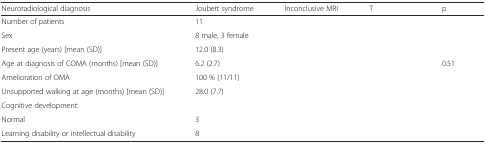
<table><thead><tr><td><b>Neuroradiological diagnosis</b></td><td><b>Joubert syndrome</b></td><td><b>Inconclusive MRI</b></td><td><b>T</b></td><td><b>p</b></td></tr></thead><tbody><tr><td>Number of patients</td><td>11</td><td>[EMPTY_CELL]</td><td>[EMPTY_CELL]</td><td>[EMPTY_CELL]</td></tr><tr><td>Sex</td><td>8 male, 3 female</td><td>[EMPTY_CELL]</td><td>[EMPTY_CELL]</td><td>[EMPTY_CELL]</td></tr><tr><td>Present age (years) [mean (SD)]</td><td>12.0 (8.3)</td><td>[EMPTY_CELL]</td><td>[EMPTY_CELL]</td><td>[EMPTY_CELL]</td></tr><tr><td>Age at diagnosis of COMA (months) [mean (SD)]</td><td>6.2 (2.7)</td><td>[EMPTY_CELL]</td><td>[EMPTY_CELL]</td><td>0.51</td></tr><tr><td>Amelioration of OMA</td><td>100 % (11/11)</td><td>[EMPTY_CELL]</td><td>[EMPTY_CELL]</td><td>[EMPTY_CELL]</td></tr><tr><td>Unsupported walking at age (months) [mean (SD)]</td><td>28.0 (7.7)</td><td>[EMPTY_CELL]</td><td>[EMPTY_CELL]</td><td>[EMPTY_CELL]</td></tr><tr><td>Cognitive development:</td><td>[EMPTY_CELL]</td><td>[EMPTY_CELL]</td><td colspan="2" rowspan="3">[EMPTY_CELL]</td></tr><tr><td>Normal</td><td>3</td><td>[EMPTY_CELL]</td></tr><tr><td>Learning disability or intellectual disability</td><td>8</td><td>[EMPTY_CELL]</td></tr></tbody></table>